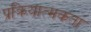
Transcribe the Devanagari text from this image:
प्रक्रियात्मकता